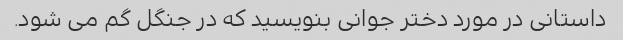
داستانی در مورد دختر جوانی بنویسید که در جنگل گم می شود.